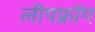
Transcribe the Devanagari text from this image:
लीपफ्रॉग